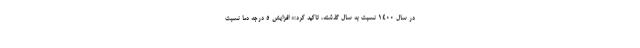
در سال 1400 نسبت به سال گذشته، تاکید کرد:« افزایش 5 درجه دما نسبت